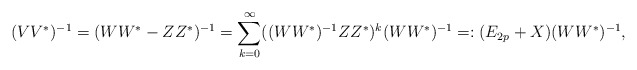
\begin{align*}(VV^*)^{-1}=(WW^*-ZZ^*)^{-1}=\sum_{k=0}^{\infty}((WW^*)^{-1}ZZ^*)^k(WW^*)^{-1}=:(E_{2p}+X)(WW^*)^{-1},\end{align*}